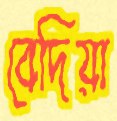
বেদিয়া